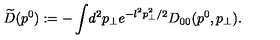
\widetilde { D } ( p ^ { 0 } ) : = - \int \! d ^ { 2 } p _ { \perp } e ^ { - l ^ { 2 } p _ { \perp } ^ { 2 } / 2 } D _ { 0 0 } ( p ^ { 0 } , p _ { \perp } ) .